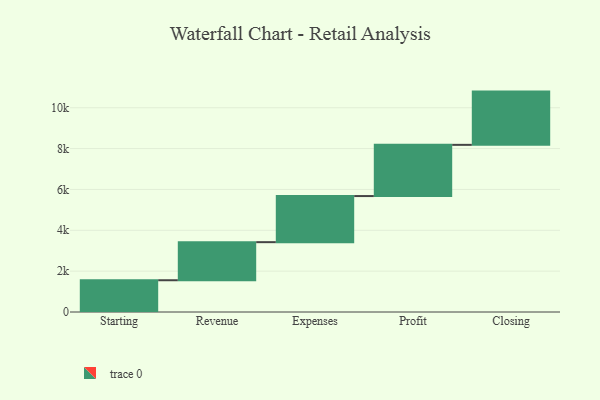
{"axis": {"x": "Step", "y": "Value"}, "legend": [""], "data": [{"x": "Starting", "y": 1555.0, "type": ""}, {"x": "Revenue", "y": 1864.0, "type": ""}, {"x": "Expenses", "y": 2257.0, "type": ""}, {"x": "Profit", "y": 2507.0, "type": ""}, {"x": "Closing", "y": 2607.0, "type": ""}]}